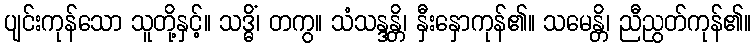
ပျင်းကုန်သော သူတို့နှင့်။ သဒ္ဓိံ၊ တကွ။ သံသန္ဒန္တိ၊ နှီးနှောကုန်၏။ သမေန္တိ၊ ညီညွတ်ကုန်၏။